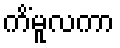
ကိံမူလကာ